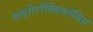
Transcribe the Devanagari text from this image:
थाइरोटॉक्सिकॉसिस